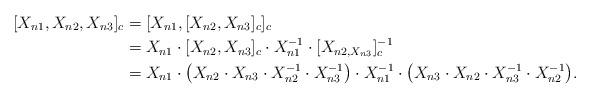
LaTeX: \begin{align*} [X_{n1},X_{n2},X_{n3}]_c&=[X_{n1},[X_{n2},X_{n3}]_c]_c \\ &=X_{n1}\cdot[X_{n2},X_{n3}]_c\cdot X_{n1}^{-1}\cdot[X_{n2,X_{n3}}]_c^{-1} \\ &=X_{n1}\cdot \bigl(X_{n2}\cdot X_{n3}\cdot X_{n2}^{-1}\cdot X_{n3}^{-1}\bigr)\cdot X_{n1}^{-1}\cdot \bigl(X_{n3}\cdot X_{n2}\cdot X_{n3}^{-1}\cdot X_{n2}^{-1}\bigr). \end{align*}